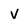
Character: v